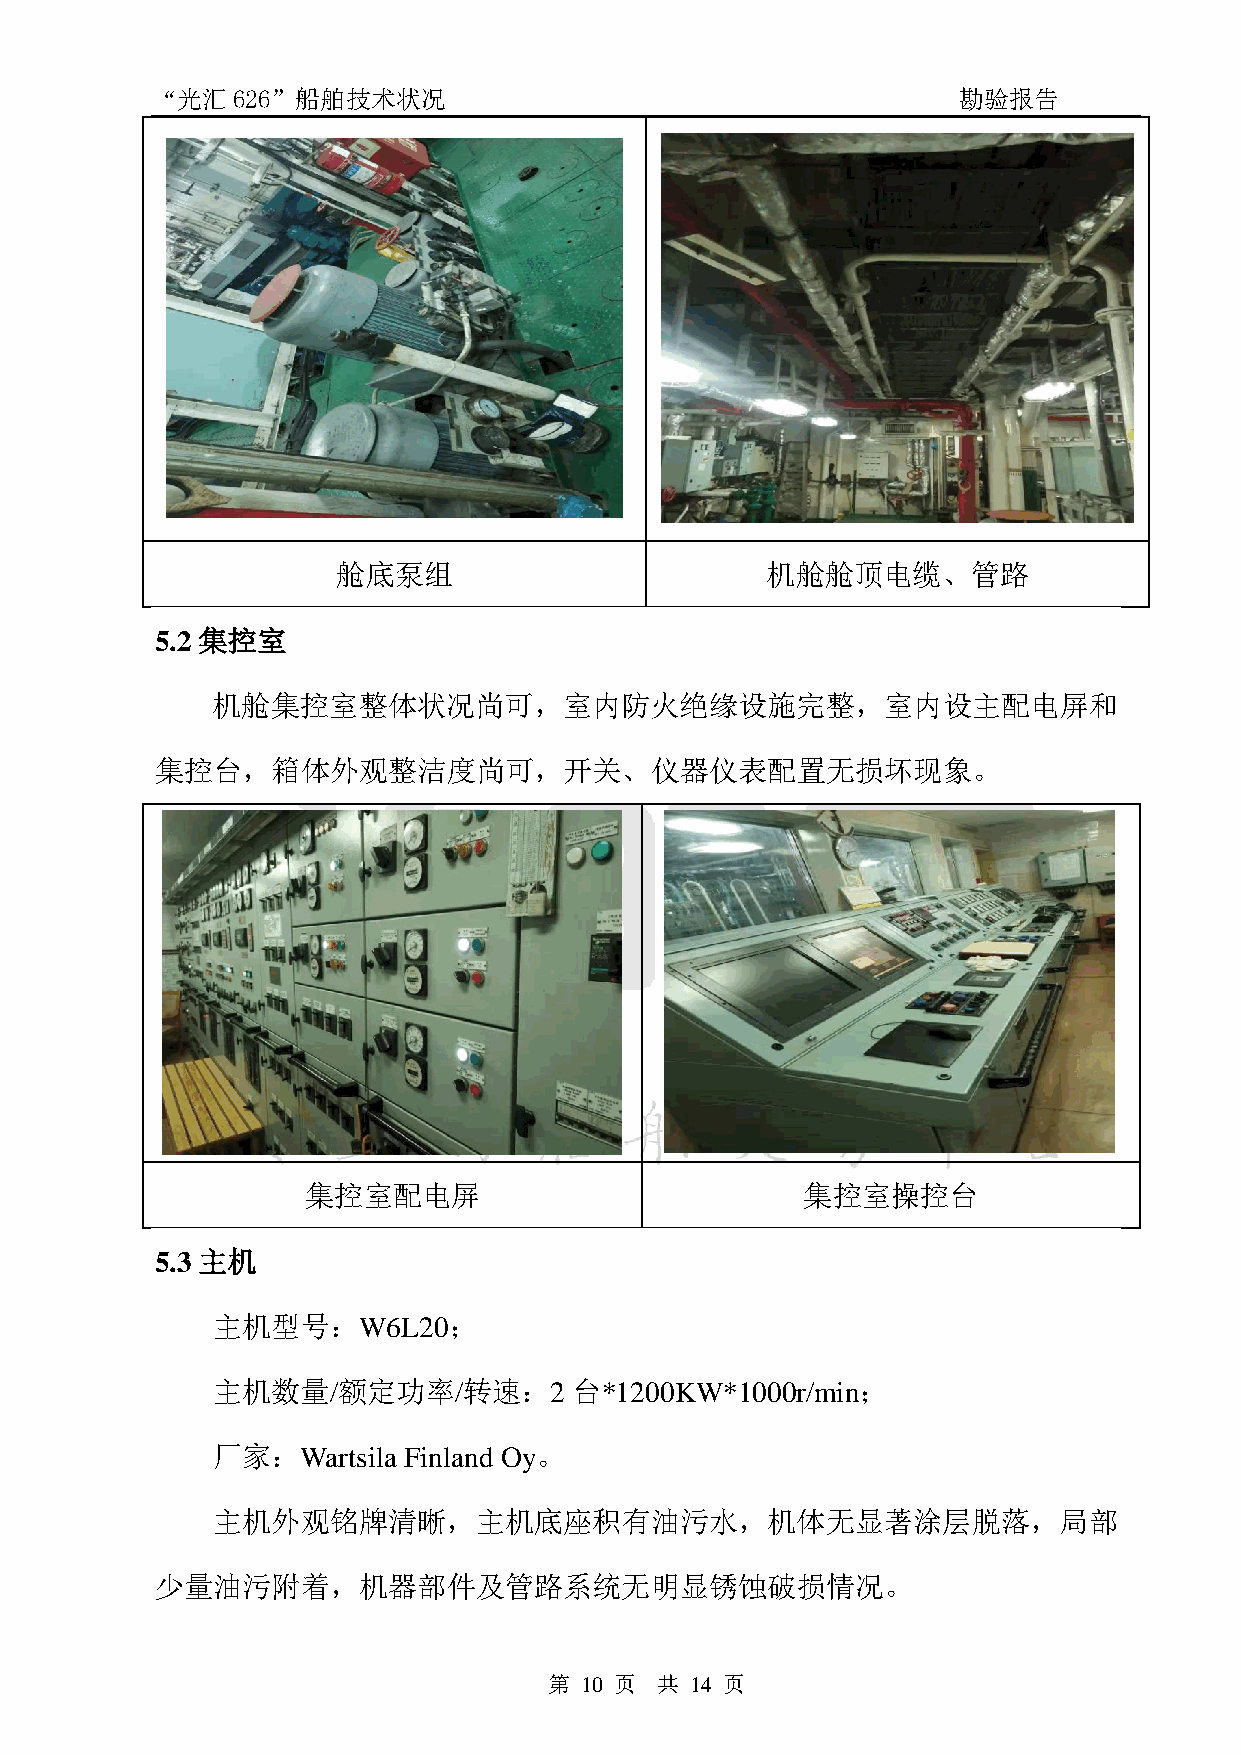
“光汇626”船舶技术状况                                        勘验报告
 舱底泵组                         机舱舱顶电缆、管路
 5.2 集控室
 机舱集控室整体状况尚可，室内防火绝缘设施完整，室内设主配电屏和
 集控台，箱体外观整洁度尚可，开关、仪器仪表配置无损坏现象。
 集控室配电屏                           集控室操控台
 5.3 主机
 主机型号：W6L20；
 主机数量/额定功率/转速：2          台*1200KW*1000r/min；
 厂家：Wartsila  Finland Oy。
 主机外观铭牌清晰，主机底座积有油污水，机体无显著涂层脱落，局部
 少量油污附着，机器部件及管路系统无明显锈蚀破损情况。
 第 10 页 共  14 页